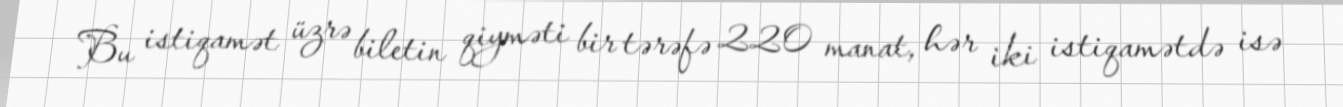
Bu istiqamət üzrə biletin qiyməti bir tərəfə 220 manat, hər iki istiqamətdə isə